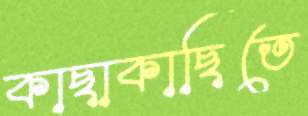
কাছাকাছিতে